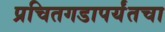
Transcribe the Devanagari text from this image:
प्रचितगडापर्यंतचा